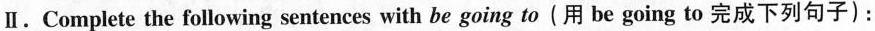
Ⅱ.Complete the following sentences with be going to(用 be going to 完成下列句子):